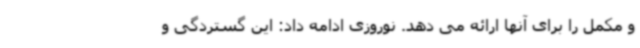
و مکمل را برای آنها ارائه می دهد. نوروزی ادامه داد: این گستردگی و